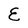
Character: E